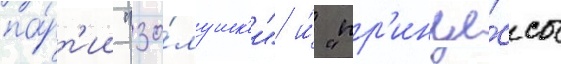
па́рт'ии "зо́лушк'и" и́ "пр'инце́ссы